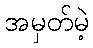
အမှတ်မဲ့